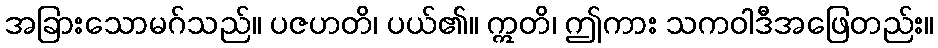
အခြားသောမဂ်သည်။ ပဇဟတိ၊ ပယ်၏။ ဣတိ၊ ဤကား သကဝါဒီအဖြေတည်း။